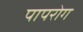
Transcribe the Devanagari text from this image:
पापरोग